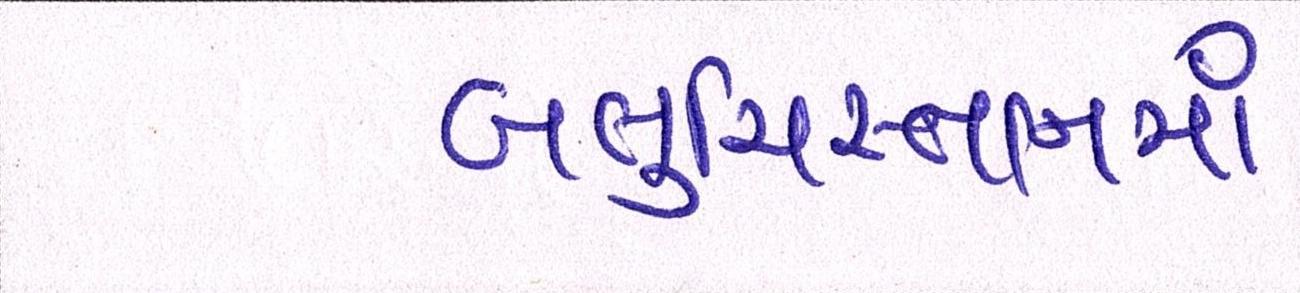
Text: બલુચિસ્તાનમાં